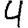
Digit: 4